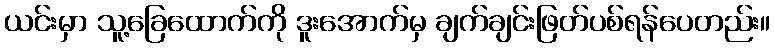
ယင်းမှာ သူ့ခြေထောက်ကို ဒူးအောက်မှ ချက်ချင်းဖြတ်ပစ်ရန်ပေတည်း။